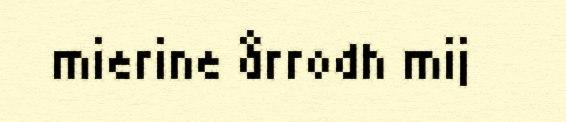
mierine årrodh mij